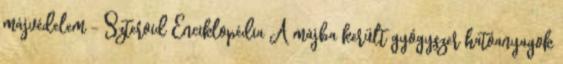
májvédelem - Szteroid Enciklopédia A májba került gyógyszer hatóanyagok